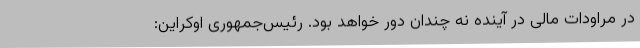
در مراودات مالی در آینده نه چندان دور خواهد بود. رئیس‌جمهوری اوکراین: